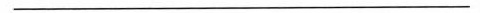
___